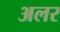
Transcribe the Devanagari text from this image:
अलर